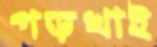
গড়খাই